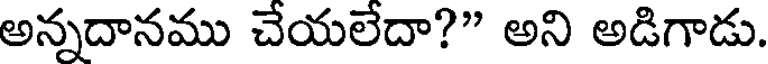
అన్నదానము చేయలేదా?" అని అడిగాడు.